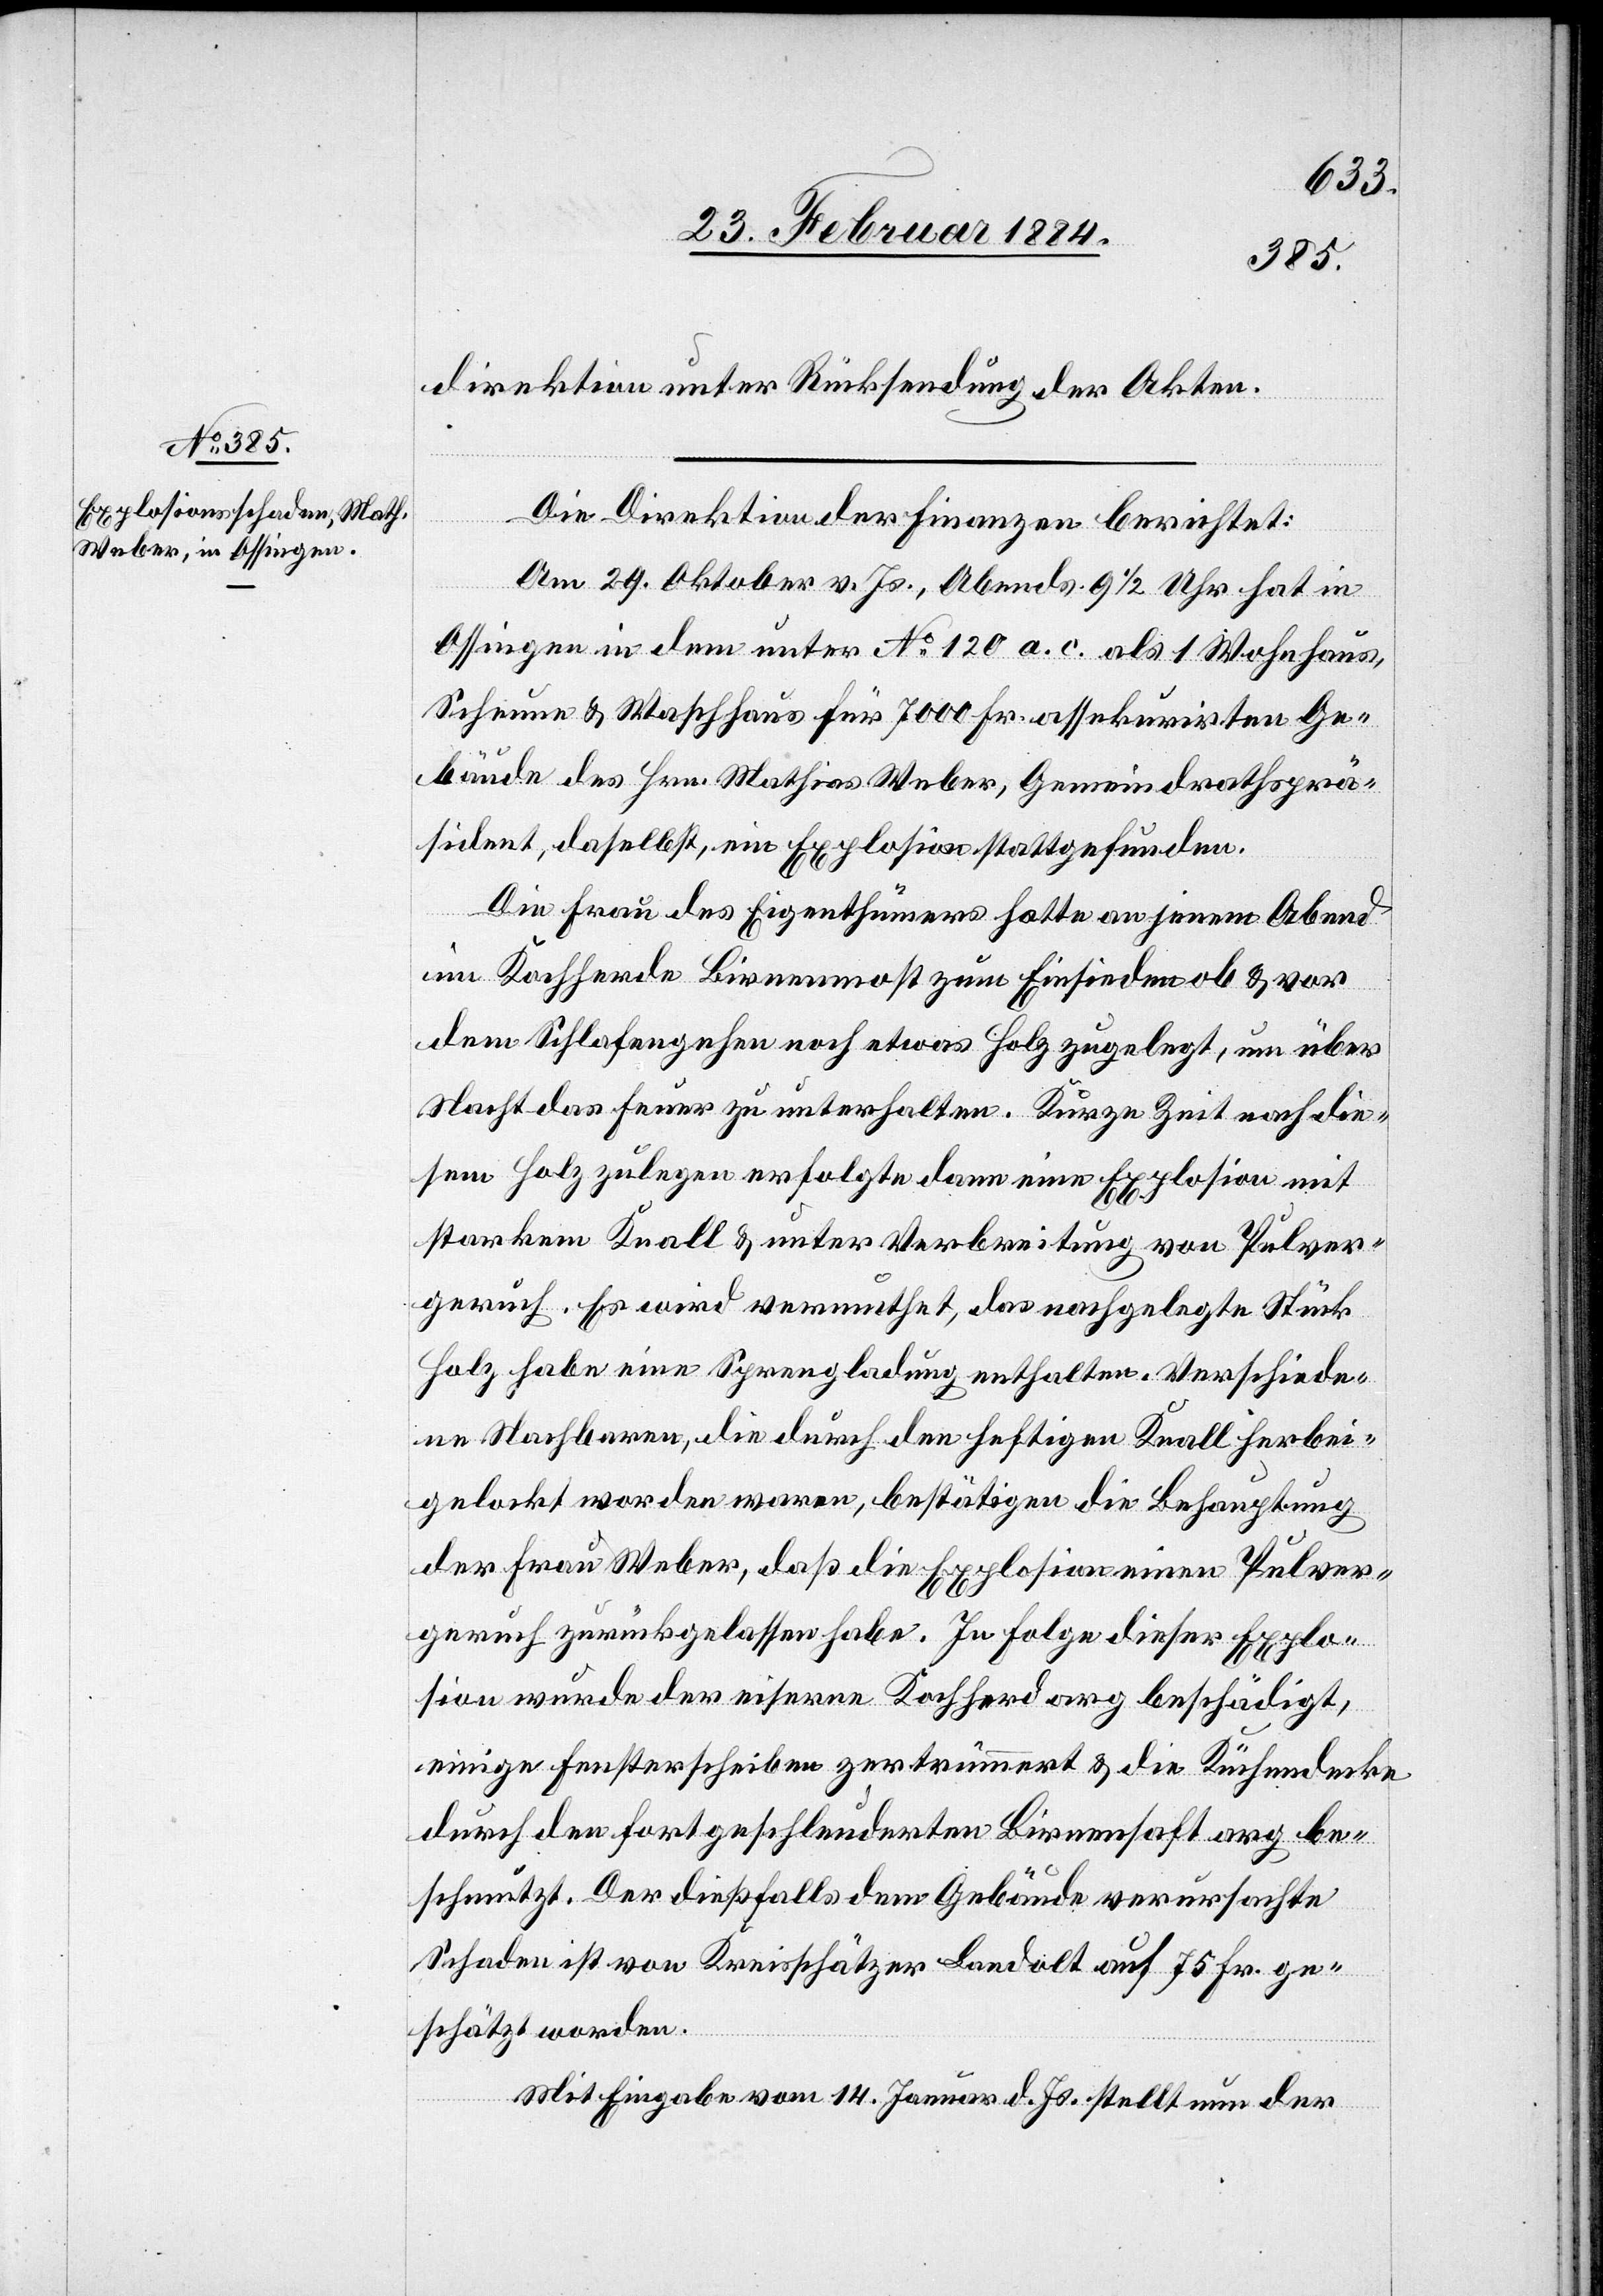
direktion unter Rücksendung der Akten.
Die Direktion der Finanzen berichtet:
Am 29. Oktober v. Js., Abends 9 1/2 Uhr hat in
Ossingen in dem unter No 120 a. c. als 1 Wohnhaus,
Scheune & Waschhaus für 7000 Fr. assekurirte Ge¬
bäude des Hrn. Mathias Weber, Gemeindrathsprä¬
sident, daselbst, ein[e] Explosion stattgefunden.
Die Frau des Eigenthümers hatte an jenem Abend
im Kochherde Birnenmost zum Einsieden ob & vor
dem Schlafengehen noch etwas Holz zugelegt, um über
Nacht das Feuer zu unterhalten. Kurze Zeit nach die¬
sem Holz zulegen erfolgte dann eine Explosion mit
starkem Knall & unter Verbreitung von Pulver¬
geruch. Es wird vermuthet, das nachgelegte Stück
Holz habe eine Sprengladung enthalten. Verschiede¬
ne Nachbarn, die durch den heftigen Knall herbei¬
gelockt worden waren, bestätigten die Behauptung
der Frau Weber, daß die Explosion einen Pulver¬
geruch zurückgelassen habe. In Folge dieser Explo¬
sion wurde der eiserne Kochherd arg beschädigt,
einige Fensterscheiben zertrümmert & die Küchendecke
durch den fortgeschleuderten Birnensaft arg be¬
schmutzt. Der dießfalls dem Gebäude verursachte
Schaden ist von Kreisschätzer Landolt auf 75 Fr. ge¬
schätzt worden.
Mit Eingabe vom 14. Januar d. Js. stellt nun der